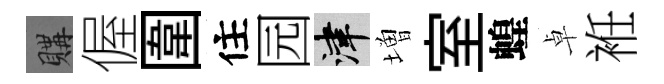
購偓圍住园津増室蝗卓袵